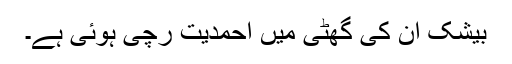
بیشک اُن کی گھٹی میں احمدیت رچی ہوئی ہے۔